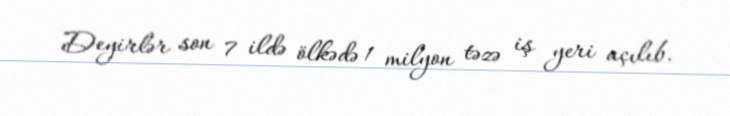
Deyirlər son 7 ildə ölkədə 1 milyon təzə iş yeri açılıb.